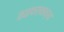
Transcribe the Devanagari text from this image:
कळफलकाच्या